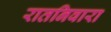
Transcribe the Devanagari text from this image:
रातनिवारा